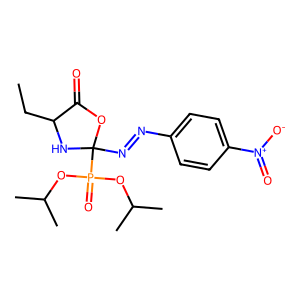
SMILES: CCC1NC(N=Nc2ccc([N+](=O)[O-])cc2)(P(=O)(OC(C)C)OC(C)C)OC1=O
Inhibits HIV replication: No